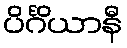
ပိင်္ဂိယာနီ